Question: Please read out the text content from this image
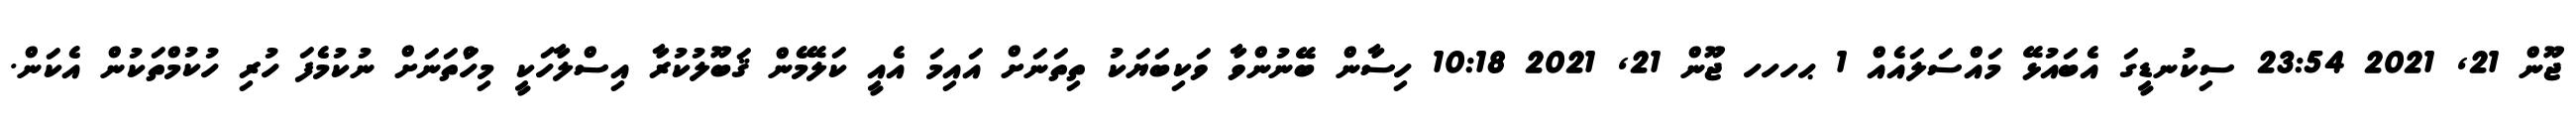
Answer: ޖޫން 21, 2021 23:54 ސިކުނޑީގަ އެބައުޅޭ މައްސަލައެއް 1 ޙހހހ ޖޫން 21, 2021 10:18 ހިސާން ބޭނުންވާ ވަކިބަޔަކު ތިތަނަށް އައިމަ އެއީ ކަލޭމެން ޤަބޫލުކުރާ އިސްލާހަކީ މިހަްތަނަށް ނުކުމެފަ ހުރި ހުކުމްތަކުން އެކަން.